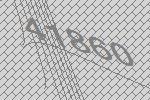
41860